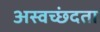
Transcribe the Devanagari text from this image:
अस्वच्छंदता